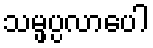
သမ္ဖပ္ပလာပေါ